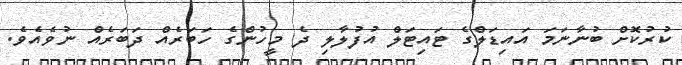
ކުރުކޮށް ބުނާނަމަ އައިޑަލްގެ ޓައިިޓަލް އުފުލާލި ދެ މީހުންގެ ހަބަރެއް ދަބަރެއް ނުވެއެވެ.